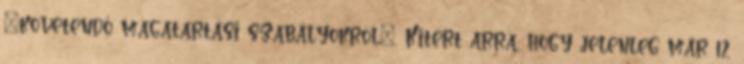
"követendő magatartási szabályokról". Kitért arra, hogy jelenleg már 12